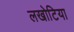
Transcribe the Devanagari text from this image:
लखोटिया